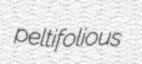
peltifolious